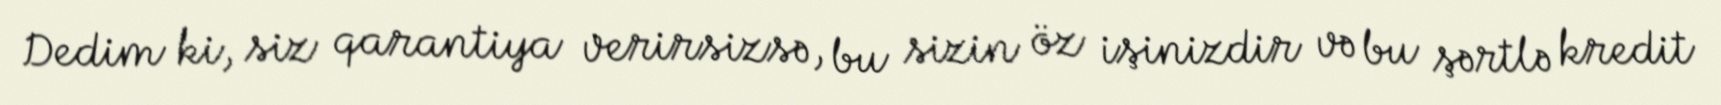
Dedim ki, siz qarantiya verirsizsə, bu sizin öz işinizdir və bu şərtlə kredit